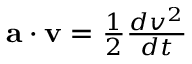
\textstyle \mathbf { a } \cdot \mathbf { v } = { \frac { 1 } { 2 } } { \frac { d v ^ { 2 } } { d t } }